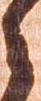
之